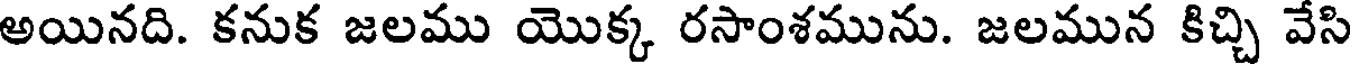
అయినది. కనుక జలము యొక్క రసాంశమును. జలమున కిచ్చి వేసి